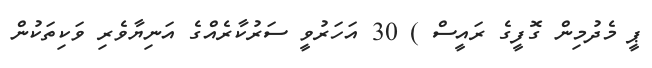
ޕީ މެދުމިން ގޮފީގެ ރައީސް ) 30 އަހަރުވީ ސަރުކާރެއްގެ އަނިޔާވެރި ވަކިތަކުން